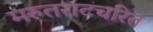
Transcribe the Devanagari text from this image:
मरुतराटचरित